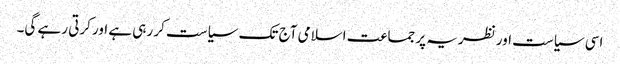
اسی سیاست اور نظریہ پر جماعت اسلامی آج تک سیاست کر رہی ہے اور کرتی رہے گی۔